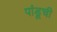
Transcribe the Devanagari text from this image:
पांडूची